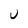
Character: U